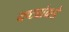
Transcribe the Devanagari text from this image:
यष्ट्यांकडे